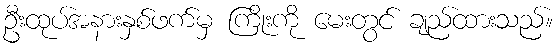
ဦးထုပ်အနားနှစ်ဖက်မှ ကြိုးကို မေးတွင် ချည်ထားသည်။